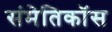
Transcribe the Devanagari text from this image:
संमेतिकॉस